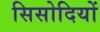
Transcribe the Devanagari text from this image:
सिसोदियों